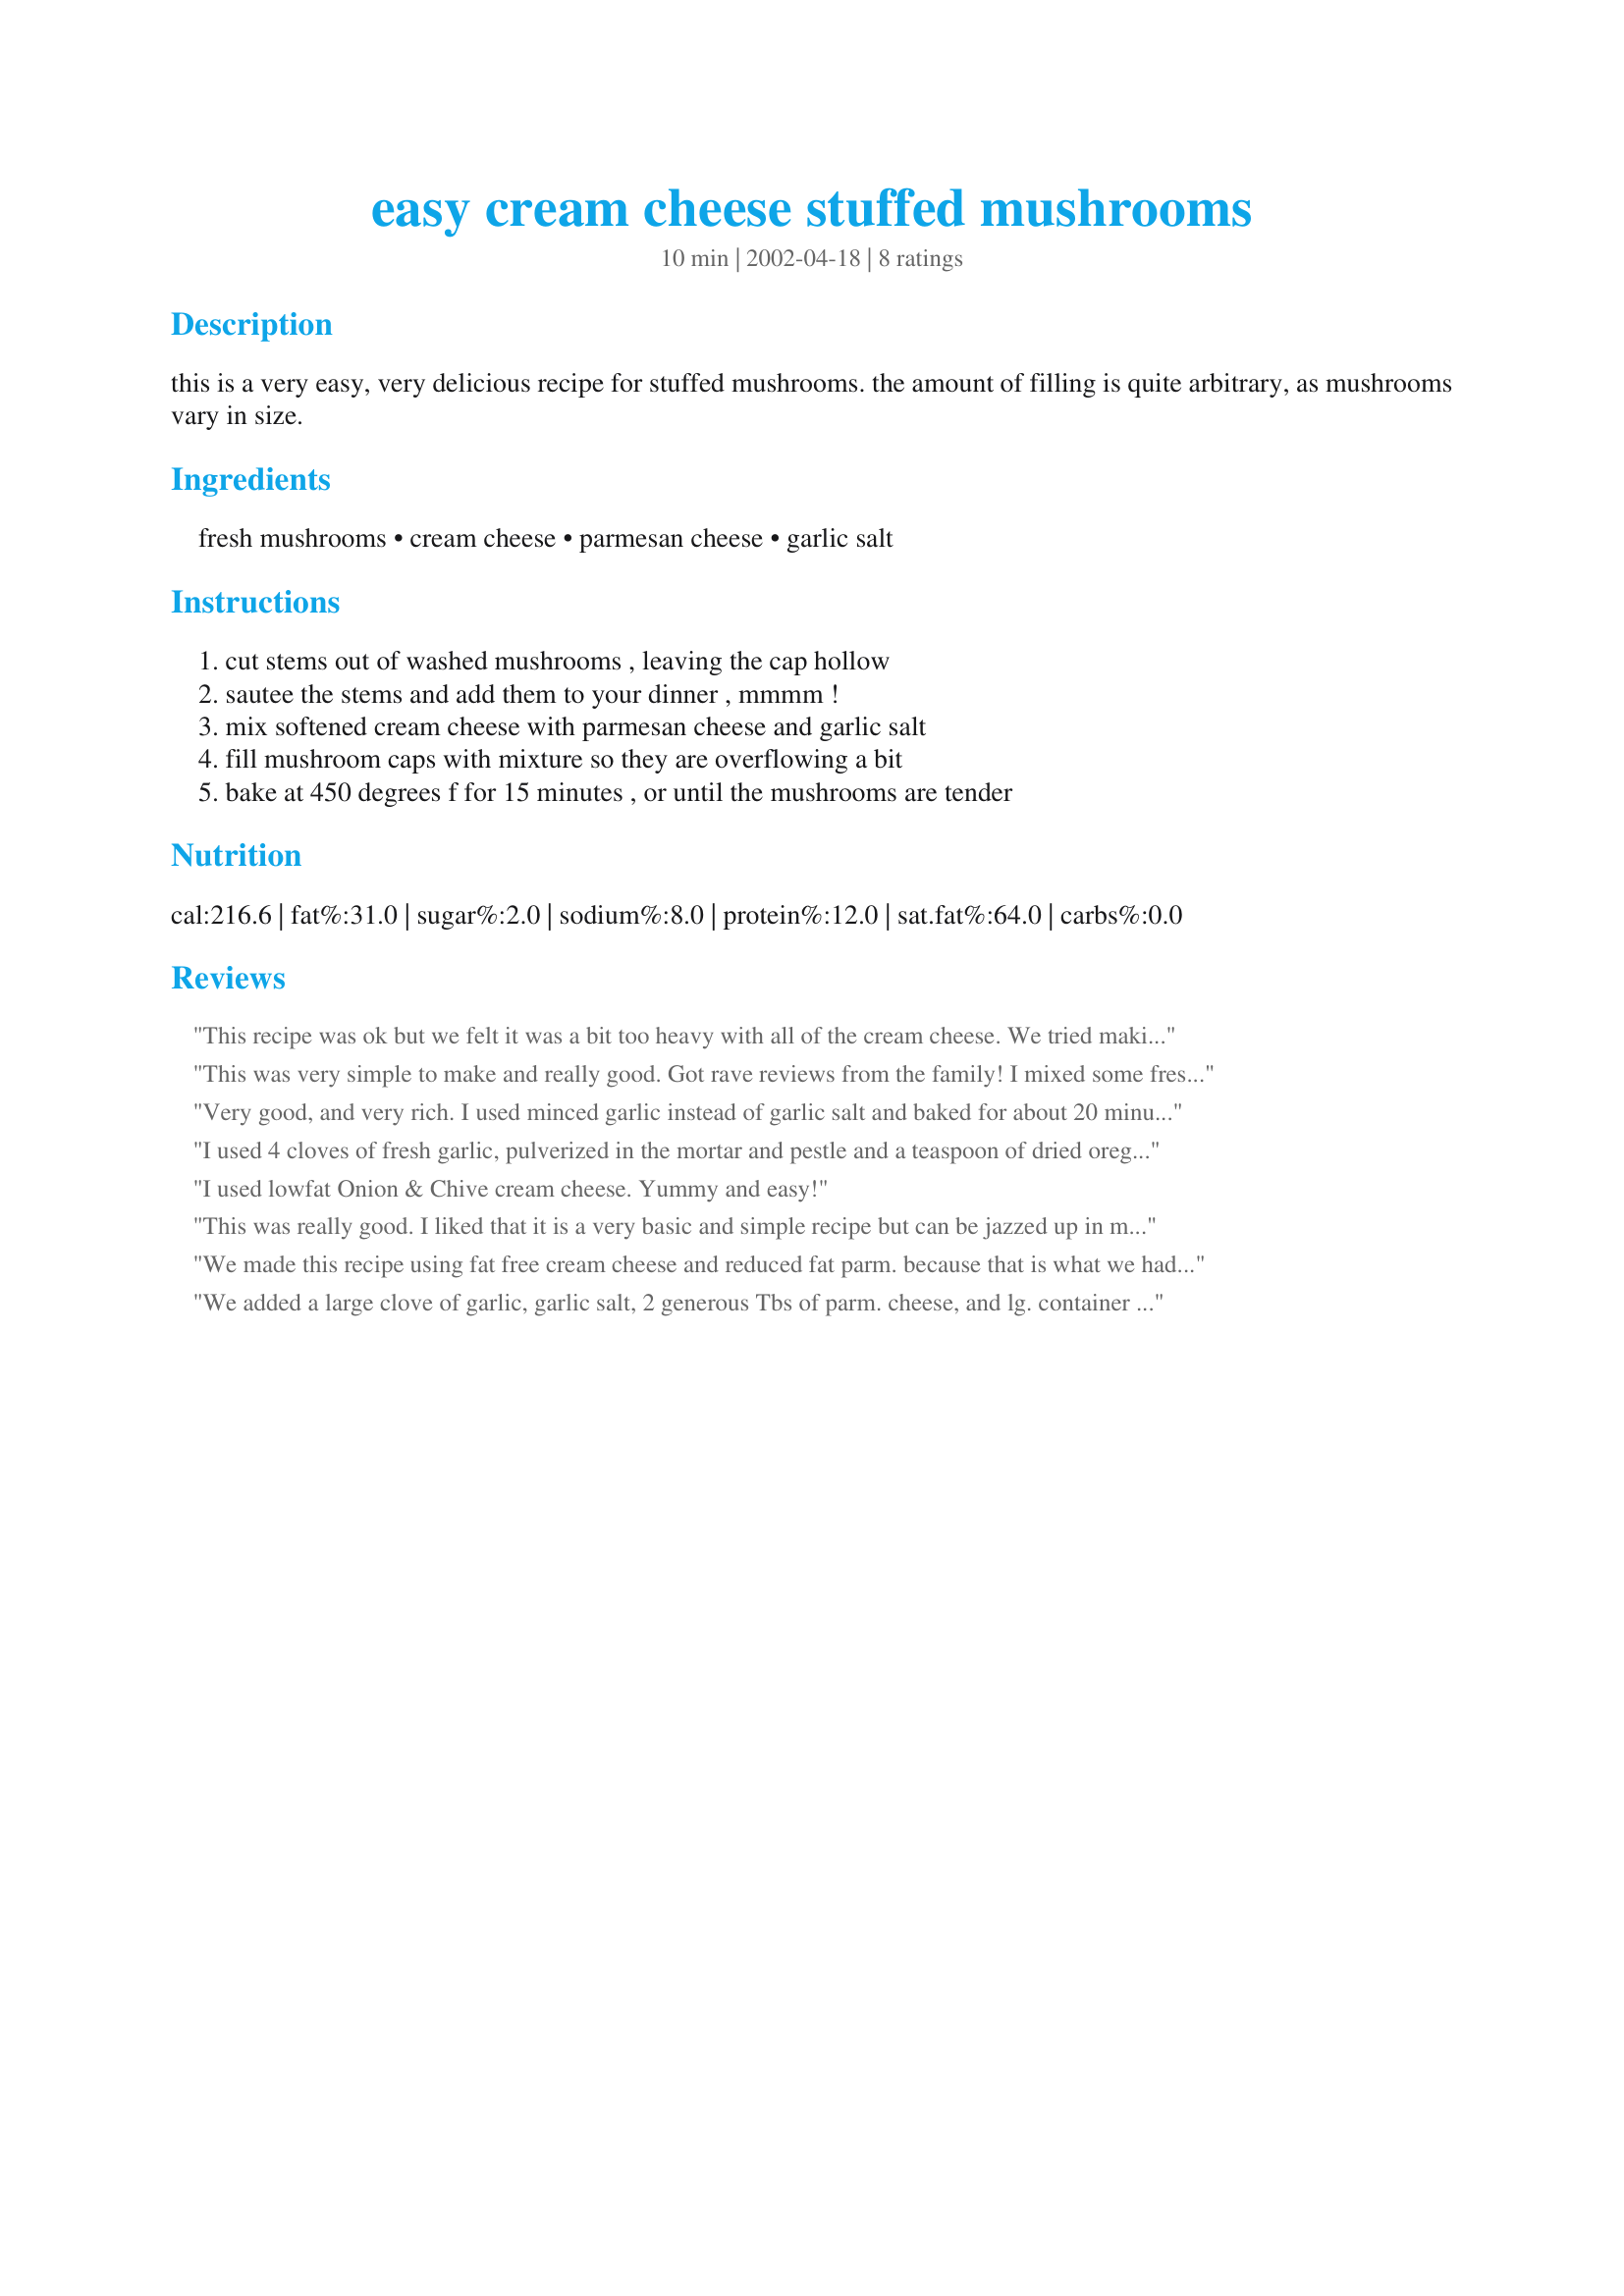
easy cream cheese stuffed mushrooms
Preparation time: 10 minutes

this is a very easy, very delicious recipe for stuffed mushrooms. the amount of filling is quite arbitrary, as mushrooms vary in size.

Ingredients:
fresh mushrooms, cream cheese, parmesan cheese, garlic salt

Steps:
cut stems out of washed mushrooms , leaving the cap hollow, sautee the stems and add them to your dinner , mmmm !, mix softened cream cheese with parmesan cheese and garlic salt, fill mushroom caps with mixture so they are overflowing a bit, bake at 450 degrees f for 15 minutes , or until the mushrooms are tender

Reviews:
This recipe was ok but we felt it was a bit too heavy with all of the cream cheese. We tried making 1/2 with breadcrumbs mixed into the cream cheese and used fresh minced garlic. We liked it better with the breadcrumbs, but that's just our personal taste.
This was very simple to make and really good. Got rave reviews from the family! I mixed some fresh chives in with the cream cheese mix and sprinkled some Italian Bread Crumbs on top of the mushrooms once they were stuffed. This is definitely a recipe that can be modified easily.
Very good, and very rich. I used minced garlic instead of garlic salt and baked for about 20 minutes. Yum! Thanks!
I used 4 cloves of fresh garlic, pulverized in the mortar and pestle and a teaspoon of dried oregano. Loved the simplicity of this recipe. The creaminess of the cream cheese was very nice after it melted and browned a bit. Went very well with the strip steaks I prepared on the grill. I ended up just baking them for about 20 minutes. We will be making these again!
I used lowfat Onion & Chive cream cheese. Yummy and easy!
This was really good. I liked that it is a very basic and simple recipe but can be jazzed up in many ways. Would be great with seafood or a little spinich.
I didn't want to waste the mushroom stems so i diced them up with some onions and sauted them in some olive oil then added them to the mixture. I also added some onion salt because I think it works well in cream cheese mixtures.
We made this recipe using fat free cream cheese and reduced fat parm. because that is what we had on hand. Tasted good but it made the filling a bit heavy. The next batch we chopped the mushroom stems and sauteed them. Then added the sauteed stems to the cream cheese mixture with a touch of milk before filling the caps. We liked it even more! A great recipe to experiment with and a wonderful quick and easy appetizer. Thanks so much!
We added a large clove of garlic, garlic salt, 2 generous Tbs of parm. cheese, and lg. container of mushrooms
